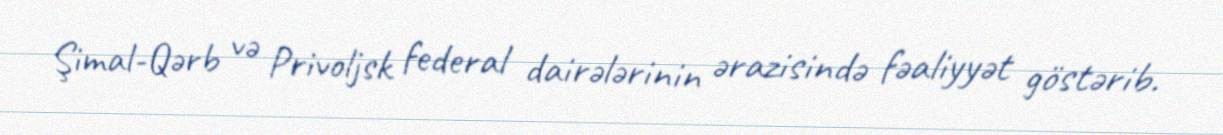
Şimal-Qərb və Privoljsk federal dairələrinin ərazisində fəaliyyət göstərib.